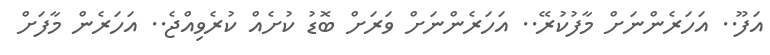
އަފޫ.. އަހަރެންނަށް މާފުކުރޭ.. އަހަރެންނަށް ވަރަށް ބޮޑު ކުށެއް ކުރެވިއްޖެ.. އަހަރެން މާފަށް